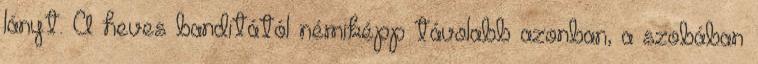
lányt. A heves banditától némiképp távolabb azonban, a szobában